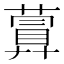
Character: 𦽹